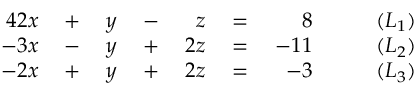
\begin{array} { r l r l r l r l } { { 4 } 2 x } & { { } { } + { } } & { y } & { { } { } - { } } & { z } & { { } { } = { } } & { 8 } & { { } \qquad ( L _ { 1 } ) } \\ { - 3 x } & { { } { } - { } } & { y } & { { } { } + { } } & { 2 z } & { { } { } = { } } & { - 1 1 } & { { } \qquad ( L _ { 2 } ) } \\ { - 2 x } & { { } { } + { } } & { y } & { { } { } + { } } & { 2 z } & { { } { } = { } } & { - 3 } & { { } \qquad ( L _ { 3 } ) } \end{array}